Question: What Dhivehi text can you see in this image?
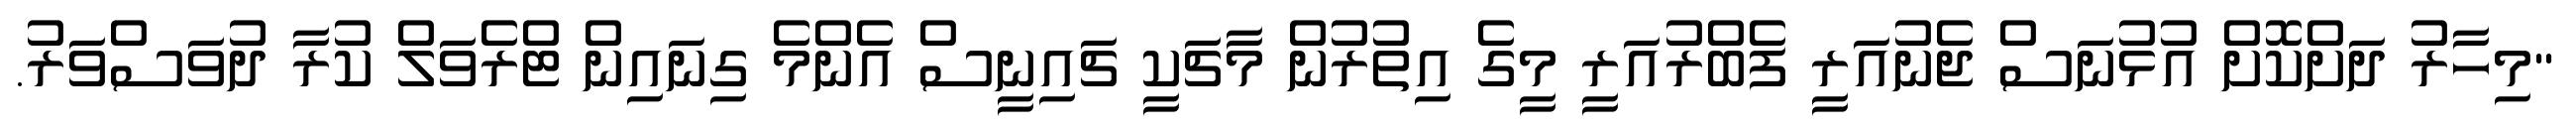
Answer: "މިހާރު ދަށްކޮށް އުޅުނަސް ޖެނުއަރީ ފެބްރުއަރީ މީގެ އިތުރުން މާޗަކީ ޗައިނީސް އެންމެ ގިނައިން ޓްރެވަލް ކުރާ ދުވަސްވަރު.